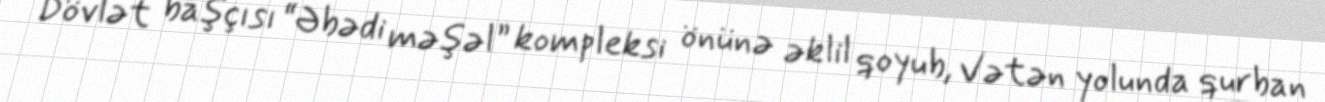
Dövlət başçısı “Əbədi məşəl” kompleksi önünə əklil qoyub, Vətən yolunda qurban